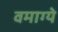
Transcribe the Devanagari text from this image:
वमाग्ये